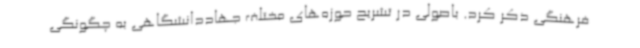
فرهنگی ذکر کرد. باصولی در تشریح حوزه‌های مختلف جهاددانشگاهی به چگونگی